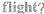
flight?